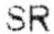
SR